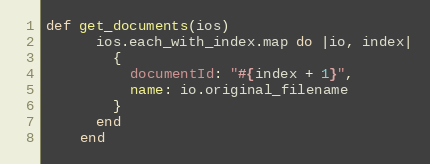
Language: Ruby
def get_documents(ios)
      ios.each_with_index.map do |io, index|
        {
          documentId: "#{index + 1}",
          name: io.original_filename
        }
      end
    end